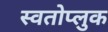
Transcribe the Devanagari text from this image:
स्वतोप्लुक